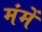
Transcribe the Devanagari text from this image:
मंमें